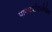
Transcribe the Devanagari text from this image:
पारदर्शकतेपेक्षा